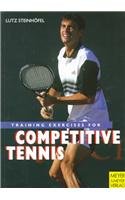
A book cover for Training Exercises for Competitive Tennis; Lutz Steinhofel; Sports & Outdoors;